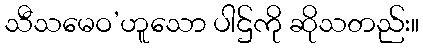
သီသမေဝ’ဟူသော ပါဌ်ကို ဆိုသတည်း။